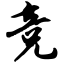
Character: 竞